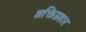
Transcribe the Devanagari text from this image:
शक्तिप्रहार